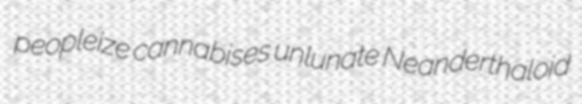
peopleize cannabises unlunate Neanderthaloid